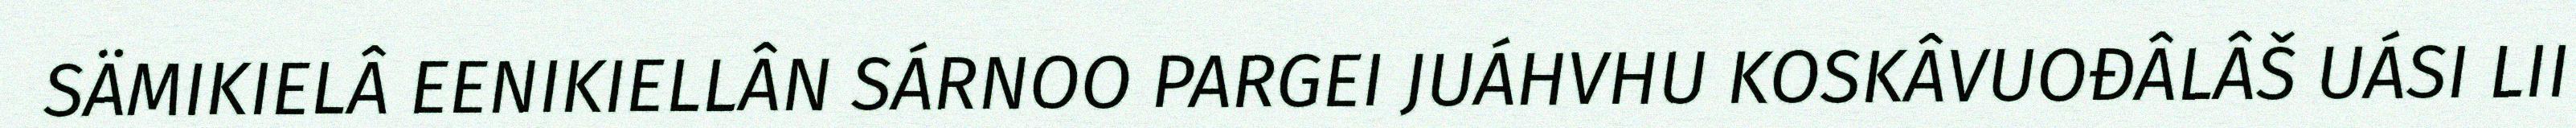
SÄMIKIELÂ EENIKIELLÂN SÁRNOO PARGEI JUÁHVHU KOSKÂVUOĐÂLÂŠ UÁSI LII